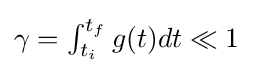
{\textstyle \gamma =\int _{t_{i}}^{t_{f}}g(t)dt\ll 1}